Malaria in the Punjab - Number 46
Disease focus: Malaria
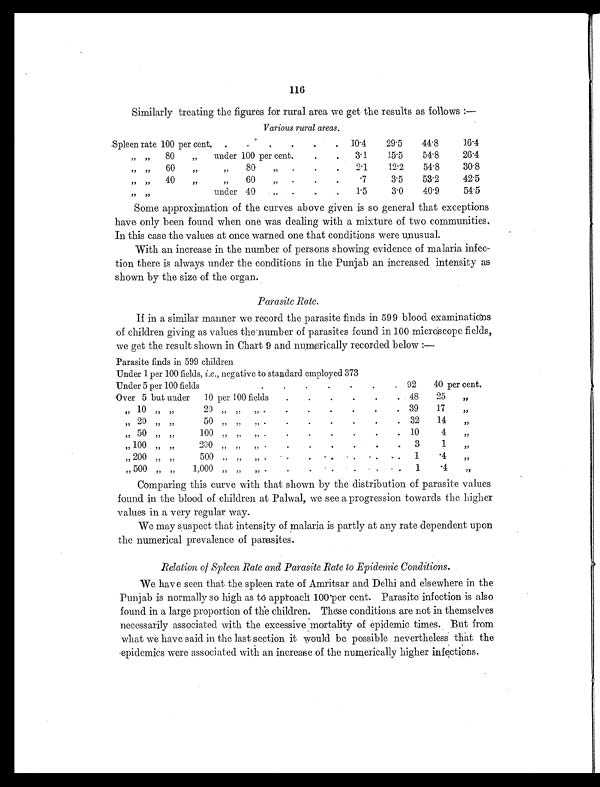
116
Similarly treating the figures for rural area we get the results as follows :—
Various rural areas.
Spleen rate 100 per cent. .
.
.
.
.
. 10.4
29.5
44.8
16.4
„ „ 80 „ under 100 per cent.
.
. 3.1
15.5
54.8
26.4
„ „ 60 „
„ 80 „ .
.
. 2.1
12.2
54.8
30.8
„ „ 40 „
„ 60 „ .
.
.
.7
3.5
53.2
42.5
„ „
under 40 .. .
.
. 1.5
3.0
40.9
54.5
Some approximation of the curves above given is so general that exceptions
have only been found when one was dealing with a mixture of two communities.
In this case the values at once warned one that conditions were unusual.
With an increase in the number of persons showing evidence of malaria infec-
tion there is always under the conditions in the Punjab an increased intensity as
shown by the size of the organ.
Parasite Rate.
If in a similar manner we record the parasite finds in 599 blood examinations
of children giving as values the number of parasites found in 100 microscope fields,
we get the result shown in Chart 9 and numerically recorded below :
—
Parasite finds in 599 children
Under 1 per 100 fields, i.e., negative to standard employed 373
Under 5 per 100 field
. .
.
.
.
.
. 92 40 per cent.
Over 5 but under 10 per 100 fields
. .
.
. .
. 48 25 „
„ 10 „ „ 20 „ ,, „ .
.
.
.
.
.
. 39
1 7 „
„ 2 0 „ „ 5 0 „ „ „ .
.
.
.
.
. . 32 14 „
„ 50 „ „ 100 „ „ „ . .
.
.
.
. . 10
4 „
„ 100 „ „ 200 „ „ „ .
.
.
.
.
. . 3
1 „
„ 200 „ „ 500 „ „ „ . . .
.
.
.
. 1 . 4 „
„ 500 „ „ 1,000 „ „ „ .
.
.
.
.
. . 1
.4 „
Comparing this curve with that shown by the distribution of parasite values
found in the blood of children at Palwal, we see a progression towards the higher
values in a very regular way.
We may suspect that intensity of malaria is partly at any rate dependent upon
the numerical prevalence of parasites.
Relation of Spleen Rate and Parasite Rate to Epidemic Conditions.
We have seen that the spleen rate of Amritsar and Delhi and elsewhere in the
Punjab is normally so high as to approach 100 per cent. Parasite infection is also
found in a large proportion of the children. These conditions are not in themselves
necessarily associated with the excessive mortality of epidemic times. But from
what we have said in the last section it would be possible nevertheless that the
epidemics were associated with an increase of the numerically higher infections.